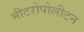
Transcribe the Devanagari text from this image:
मीटरोपोलीटन